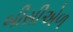
બીસીએળ